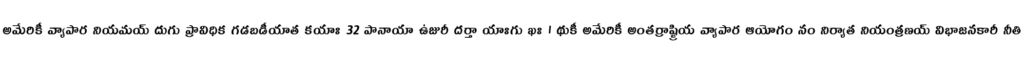
అమేరికీ వ్యాపార నియమయ్ దుగు ప్రావిధిక గడబడీయాత కయాః 32 పానాయా ఉజురీ దర్తా యాఃగు ఖః । థుకీ అమేరికీ అంతర్రాష్ట్రియ వ్యాపార ఆయోగం నం నిర్యాత నియంత్రణయ్ విభాజనకారీ నీతి